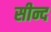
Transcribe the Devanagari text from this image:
सीन्द